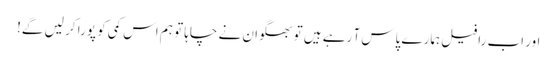
اور اب رافیل ہمارے پاس آ رہے ہیں تو بھگوان نے چاہا تو ہم اس کمی کو پورا کر لیں گے!